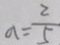
a = \frac { 2 } { 5 }